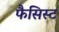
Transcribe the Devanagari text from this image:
फैसिस्ट